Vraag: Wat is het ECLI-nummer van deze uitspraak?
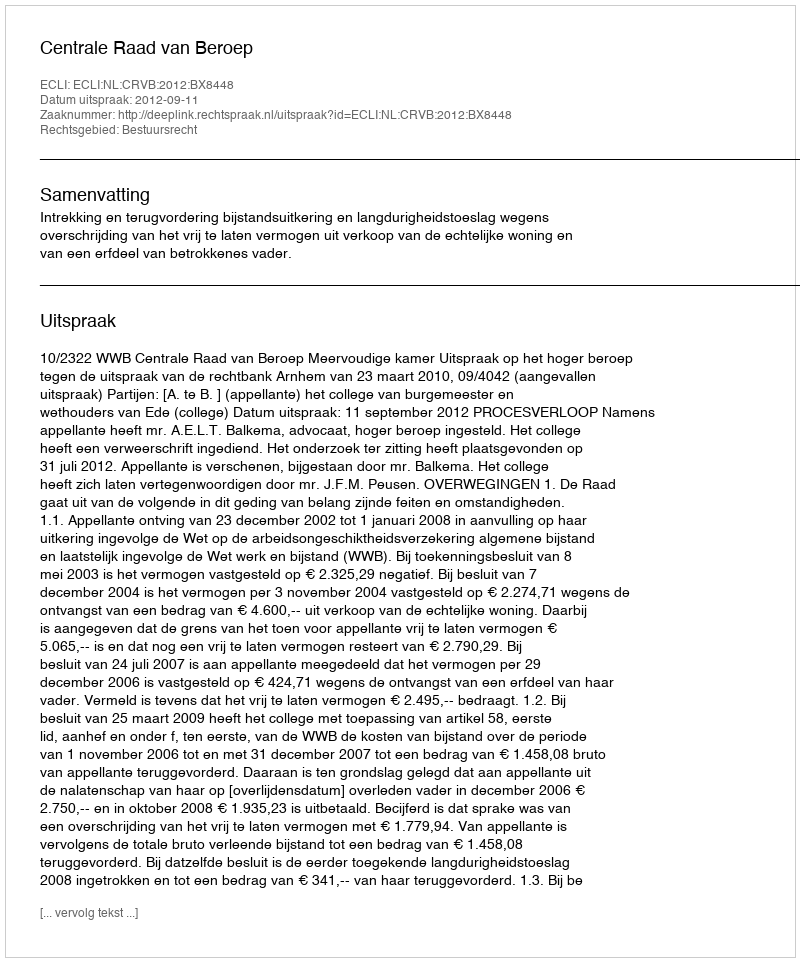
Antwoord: ECLI:NL:CRVB:2012:BX8448